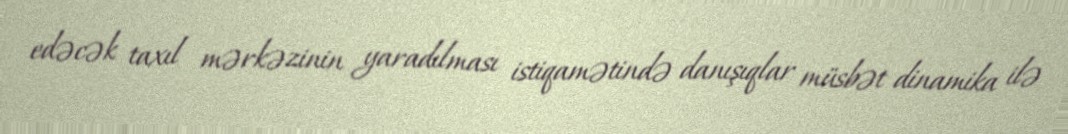
edəcək taxıl mərkəzinin yaradılması istiqamətində danışıqlar müsbət dinamika ilə